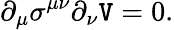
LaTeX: \partial_{\mu}\sigma^{\mu\nu}\partial_{\nu}\mathtt{V}=0.